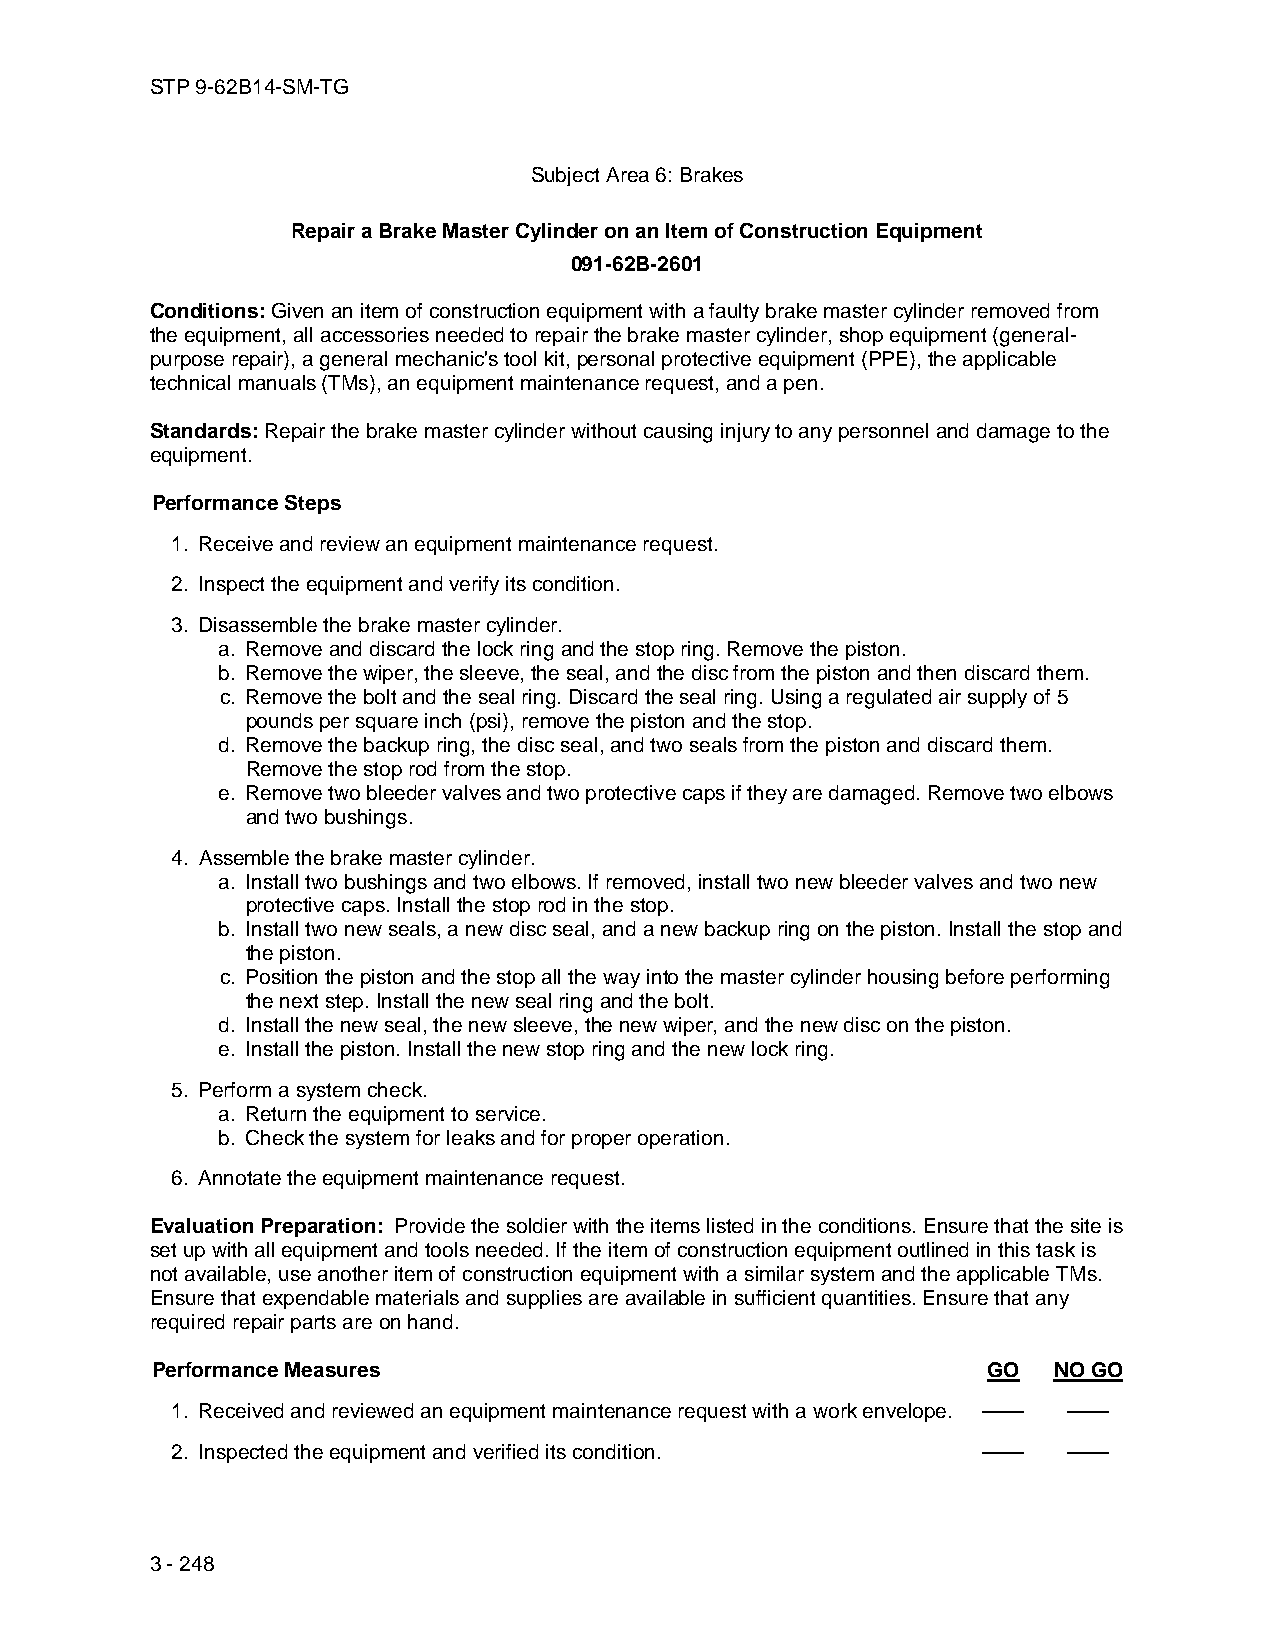
STP 9-62B14-SM-TG
 Subject Area 6: Brakes
 Repair a Brake Master Cylinder on an Item of Construction Equipment
 091-62B-2601
 Conditions: Given an item of construction equipment with a faulty brake master cylinder removed from
 the equipment, all accessories needed to repair the brake master cylinder, shop equipment (general-
 purpose repair), a general mechanic's tool kit, personal protective equipment (PPE), the applicable
 technical manuals (TMs), an equipment maintenance request, and a pen.
 Standards: Repair the brake master cylinder without causing injury to any personnel and damage to the
 equipment.
 Performance Steps
 1. Receive and review an equipment maintenance request.
 2. Inspect the equipment and verify its condition.
 3. Disassemble the brake master cylinder.
 a. Remove and discard the lock ring and the stop ring. Remove the piston.
 b. Remove the wiper, the sleeve, the seal, and the disc from the piston and then discard them.
 c. Remove the bolt and the seal ring. Discard the seal ring. Using a regulated air supply of 5
 pounds per square inch (psi), remove the piston and the stop.
 d. Remove the backup ring, the disc seal, and two seals from the piston and discard them.
 Remove the stop rod from the stop.
 e. Remove two bleeder valves and two protective caps if they are damaged. Remove two elbows
 and two bushings.
 4. Assemble the brake master cylinder.
 a. Install two bushings and two elbows. If removed, install two new bleeder valves and two new
 protective caps. Install the stop rod in the stop.
 b. Install two new seals, a new disc seal, and a new backup ring on the piston. Install the stop and
 the piston.
 c. Position the piston and the stop all the way into the master cylinder housing before performing
 the next step. Install the new seal ring and the bolt.
 d. Install the new seal, the new sleeve, the new wiper, and the new disc on the piston.
 e. Install the piston. Install the new stop ring and the new lock ring.
 5. Perform a system check.
 a. Return the equipment to service.
 b. Check the system for leaks and for proper operation.
 6. Annotate the equipment maintenance request.
 Evaluation Preparation: Provide the soldier with the items listed in the conditions. Ensure that the site is
 set up with all equipment and tools needed. If the item of construction equipment outlined in this task is
 not available, use another item of construction equipment with a similar system and the applicable TMs.
 Ensure that expendable materials and supplies are available in sufficient quantities. Ensure that any
 required repair parts are on hand.
 Performance Measures                                   GO   NO GO
 1. Received and reviewed an equipment maintenance request with a work envelope. —— ——
 2. Inspected the equipment and verified its condition. ——   ——
 3 - 248